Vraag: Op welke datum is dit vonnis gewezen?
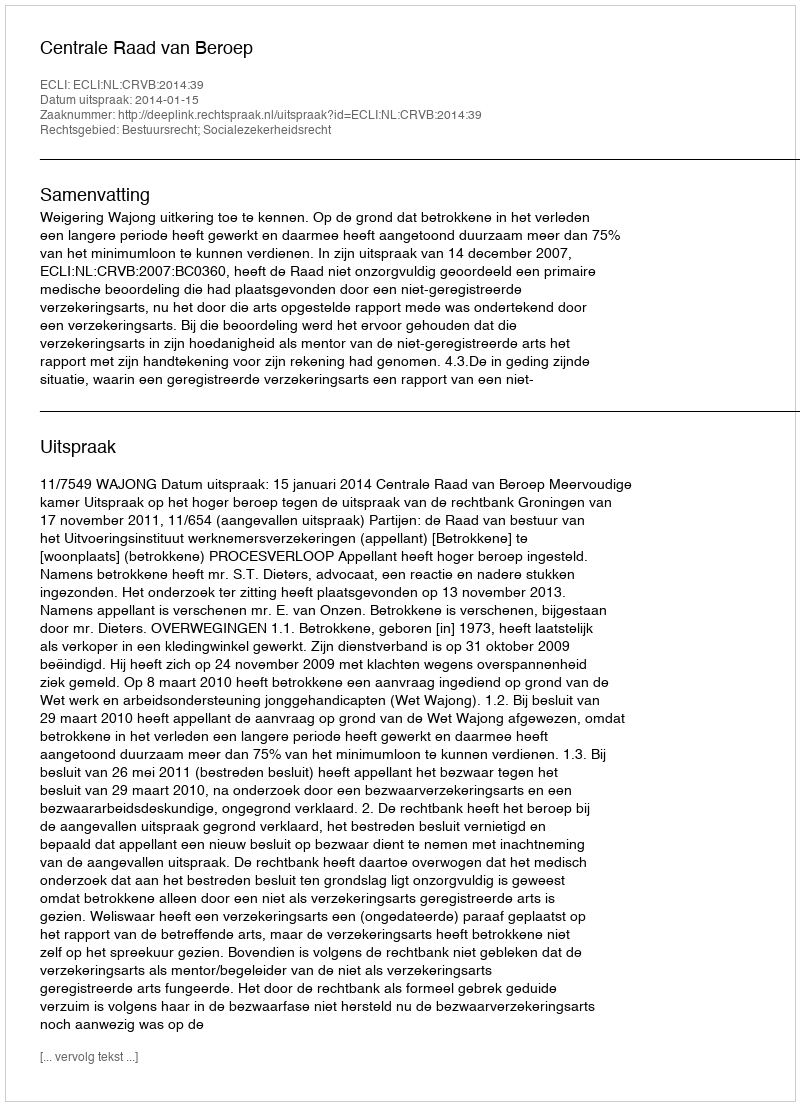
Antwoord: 2014-01-15